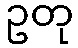
ဥတု